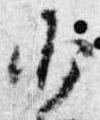
少